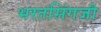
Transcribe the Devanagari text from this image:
भरतसिंगजी